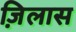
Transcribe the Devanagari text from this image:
ज़िलास